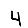
Digit: 4